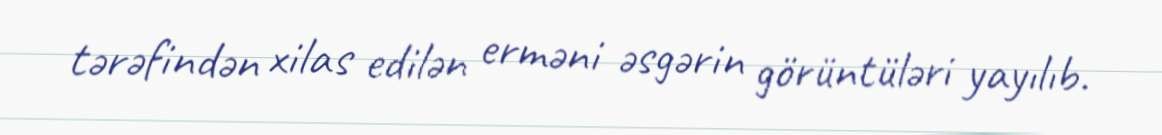
tərəfindən xilas edilən erməni əsgərin görüntüləri yayılıb.